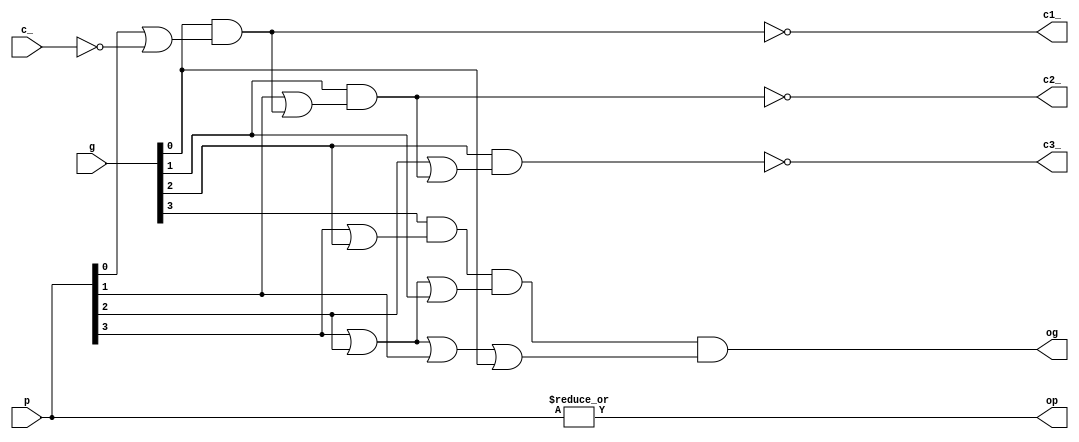
// 74182 Look-Ahead Carry Generator

module carry182(
	input c_,
	input [3:0] g, p,
	output c1_, c2_, c3_,
	output op, og
);

	assign c1_ = ~(                                g[0] & (p[0] | ~c_));
	assign c2_ = ~(                g[1] & (p[1] | (g[0] & (p[0] | ~c_))));
	assign c3_ = ~(g[2] & (p[2] | (g[1] & (p[1] | (g[0] & (p[0] | ~c_))))));

	assign og = g[3] & (p[3] | g[2]) & (p[3] | p[2] | g[1]) & (p[3] | p[2] | p[1] | g[0]);
	assign op = |p;

endmodule

// vim: tabstop=2 shiftwidth=2 autoindent noexpandtab